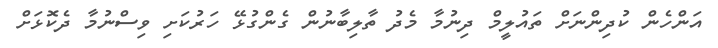
އަންހެން ކުދިންނަށް ތައުލީމް ދިނުމާ މެދު ތާލިބާނުން ގެންގުޅޭ ހަރުކަށި ވިސްނުމާ ދެކޮޅަށް